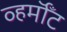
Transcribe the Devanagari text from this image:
व्हर्मॉँट